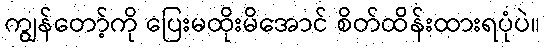
ကျွန်တော့်ကို ပြေးမထိုးမိအောင် စိတ်ထိန်းထားရပုံပဲ။